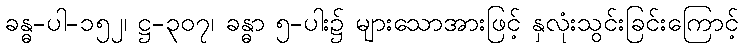
ခန္ဓ-ပါ-၁၅၂၊ ဋ္ဌ-၃၀၇၊ ခန္ဓာ ၅-ပါး၌ များသောအားဖြင့် နှလုံးသွင်းခြင်းကြောင့်